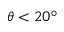
\theta < 2 0 ^ { \circ }